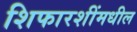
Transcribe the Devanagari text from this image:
शिफारशींमधील